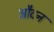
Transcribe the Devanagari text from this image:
औदन